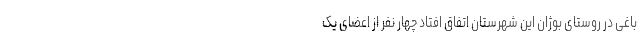
باغی در روستای بوژان این شهرستان اتفاق افتاد چهار نفر از اعضای یک